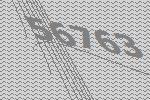
56763